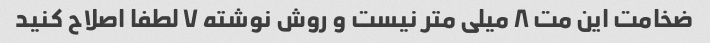
ضخامت این مت ۸ میلی متر نیست و روش نوشته ۷ لطفا اصلاح کنید